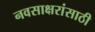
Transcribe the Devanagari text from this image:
नवसाक्षरांसाठी